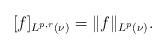
LaTeX: \begin{align*}[f]_{L^{p,r}(\nu)} = \|f\|_{L^p(\nu)} .\end{align*}